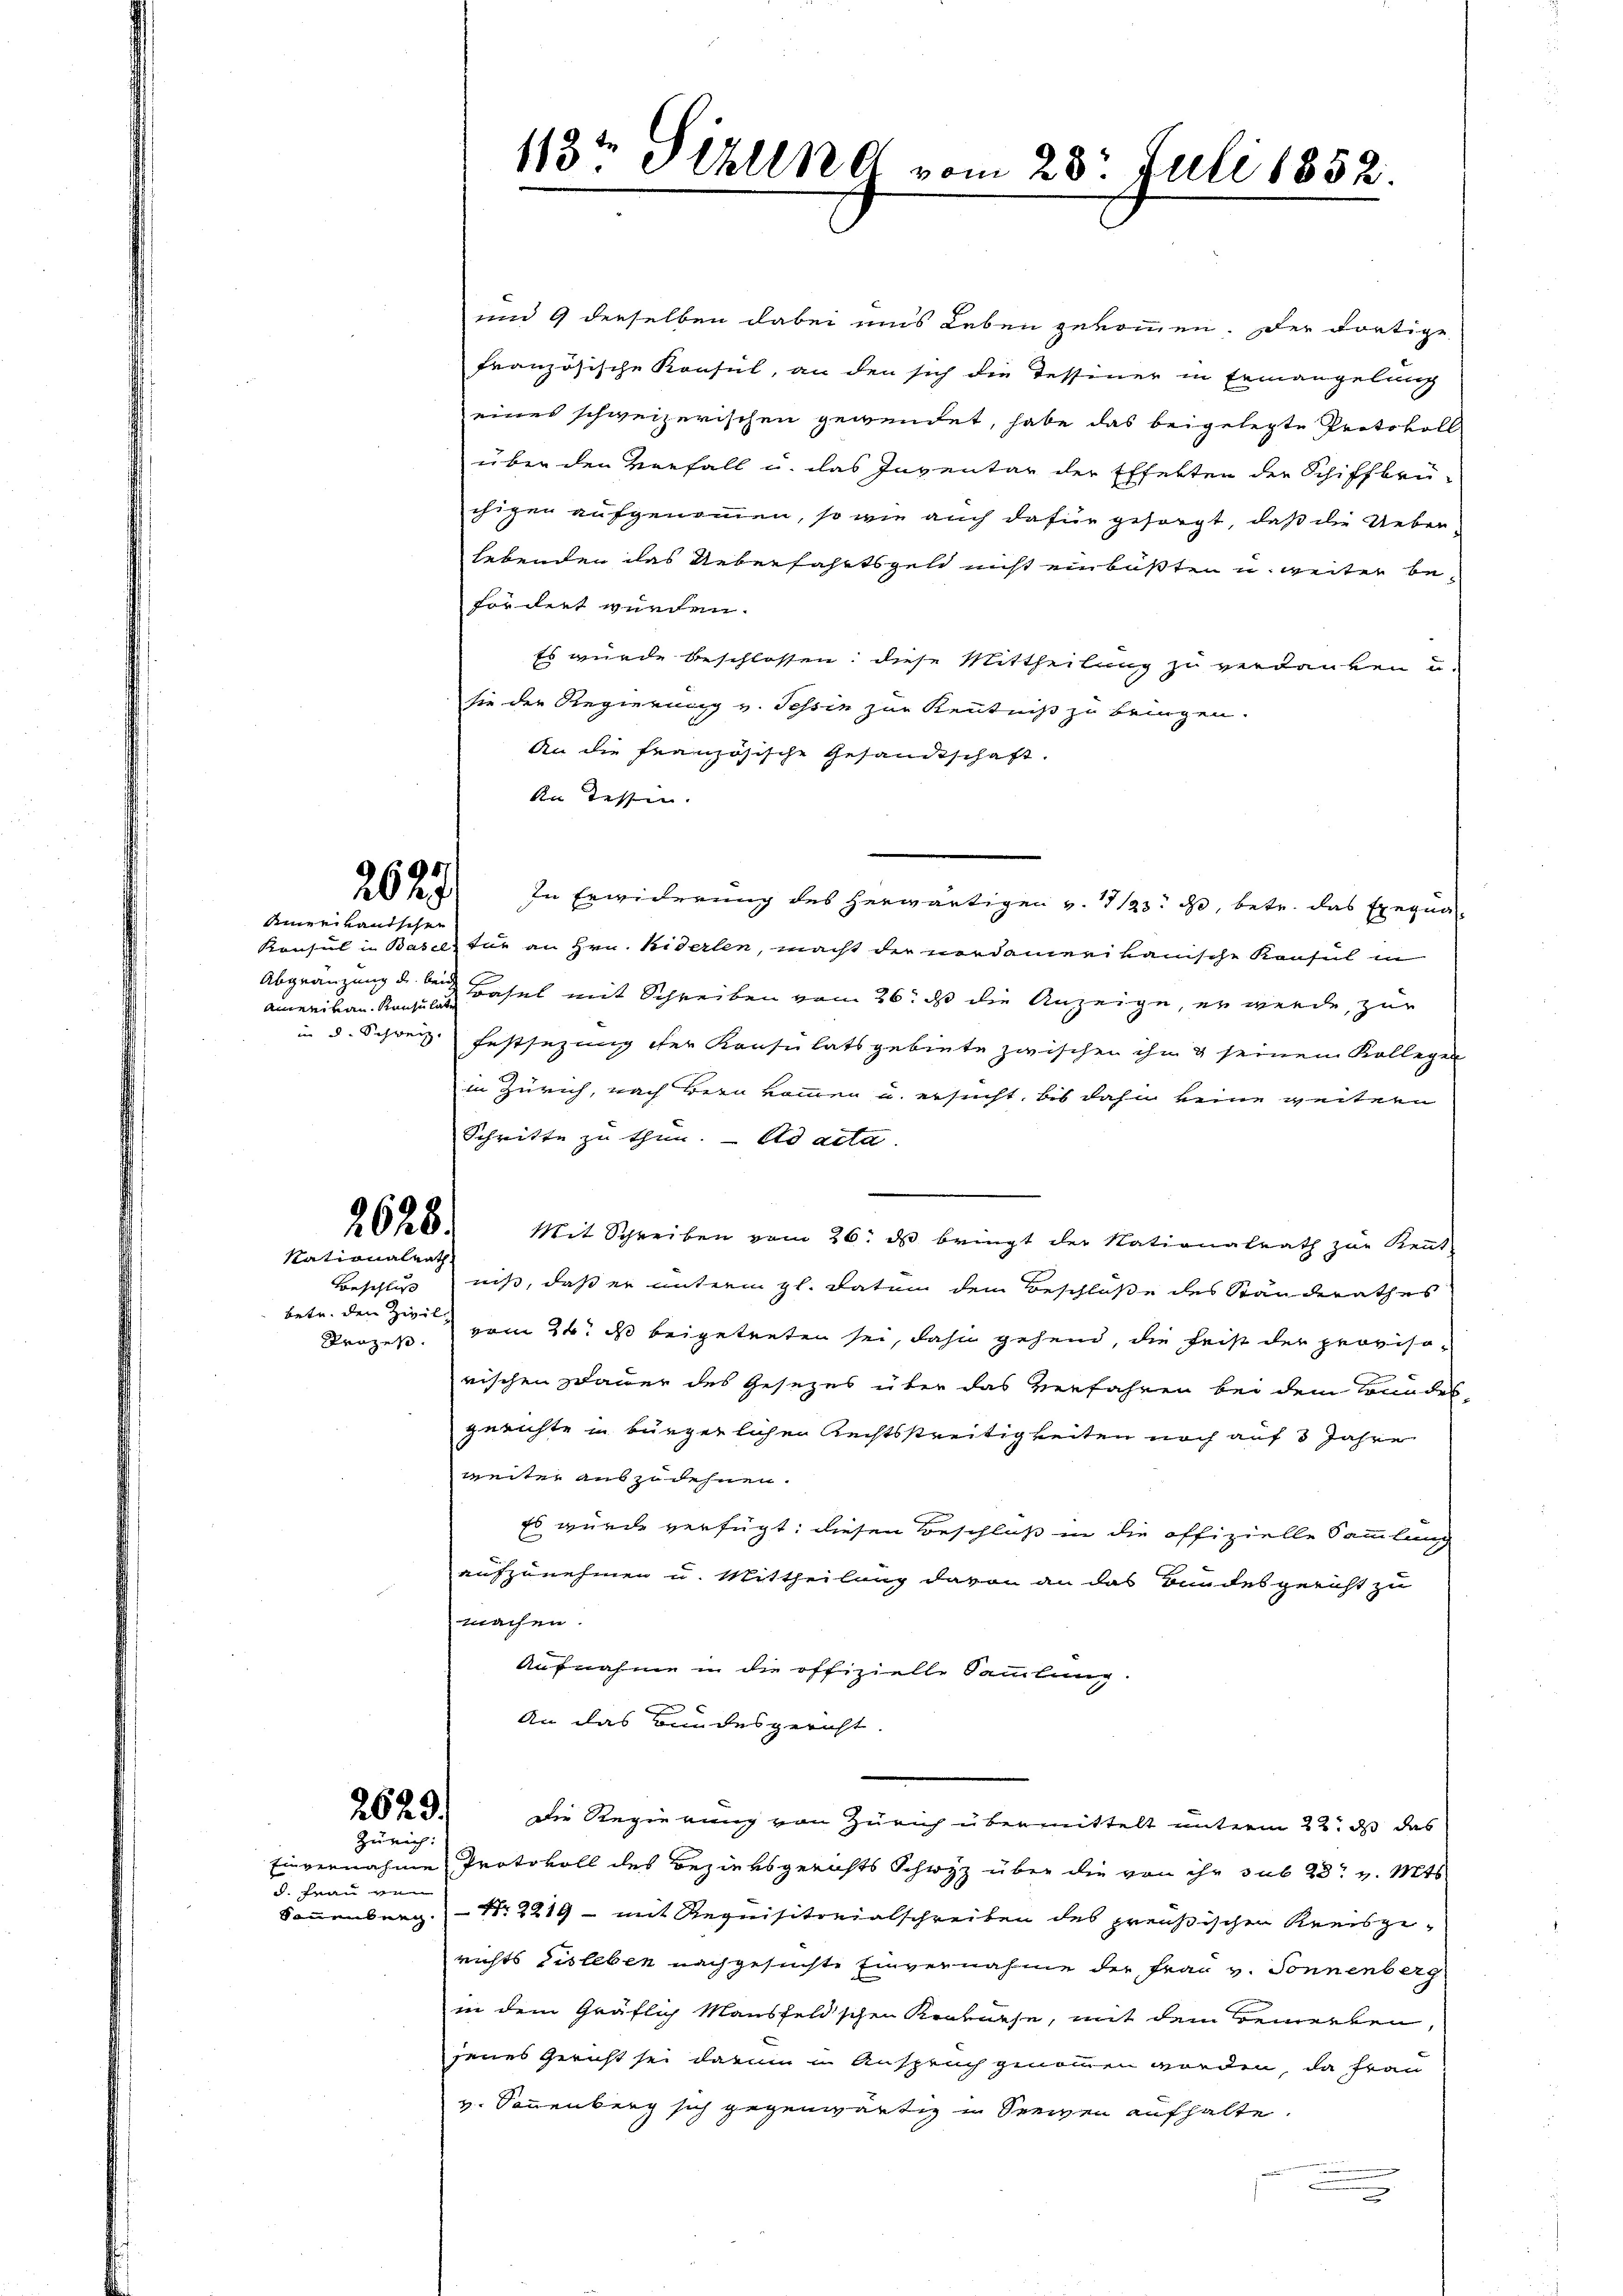
2627/
Amerikautschen

Abgränzung und beide

2628.
Nationalrath

betr. den Zivil

2629.
Zürich:

d. Frau von

und 9 derselben dabei uns Leben gekommen. Der dortige
französische Konsul, an den sich die Tessiner in Ermangelung
eines schweizerischen gewendet, habe das beigelegte Protokoll
über den Vorfall u. das Inventar der Effekten der Schiffbrü-
chigen aufgenommen, so wie auch dafür gesorgt, daß die Ueber
lebenden das Ueberfahrtsgeld nicht einbüßten u. weiter befordet werden.
Es wurde beschlossen; diese Mittheilung zu verdanken u.
sie der Regierung v. Tessin zur Kenntniß zu bringen.
An die französische Gesandtschaft.
An Tessin.
In Erwiderung des herwärtigen v. 123. d, betr. das Exegna¬
Konsul in Baselstur an Hrn. Niderlen, macht der verdamerikanische Konsul in
E
amerikan. Kanze Basel mit Schreiben vom 26. ds die Anzeige, er werde, zur
in d. Schweiz. Festsezung der Konsulatsgebiete zwischen ihm & seinem Kollegen
in Zürich, nach Bern kommen u. ersucht, bis dahin keine weitern
Schritte zu thun. ad acta.
Mit Schreiben vom 26. ds bringt der Nationalrath zur Kennt
Beschluß niß, daß er unterm gl. datum dem Beschlüße des Ständerathes
Prozeß vom 24t d beigetreten sei, dahin gehend, die heist der provisod
rischen Dauer des Gesezes über das Verfahren bei dem Bundes-
gerichte in bürgerlichen Rechtsstreitigkeiten noch auf 3 Jahre
weiter auszudehnen.
Es wurde verfügt: diesen Beschluß in die offizielle Sammlung
aufzunehmen u. Mittheilung davon an das Bundesgericht zu
machen.
Aufnahme in die offizielle Sammlung.
An das Bundesgericht
die Regierung von Zürich übermittelt unterm 22. ds das
Einvernahme Protokoll des Bezirksgerichts Schwyz über die von ihr sub 23t v. Mts.
Sonnenberg Nr. 2219 - mit Requisitorialschreiben des preußischen Kreisge-
richts Eisleben nachgesuchte Einvernahme der Frau v. Sonnenberg
in dem Gräftig Mausfeldschen Krakasse, mit dem Gewerken,
jenes Gericht sei darum in Anspruch genommen worden, da Frau
v. Sonnenberg sich gegenwärtig in Seewen aufhalte.
.

113te Sihlend vom 28. Juli 1852.